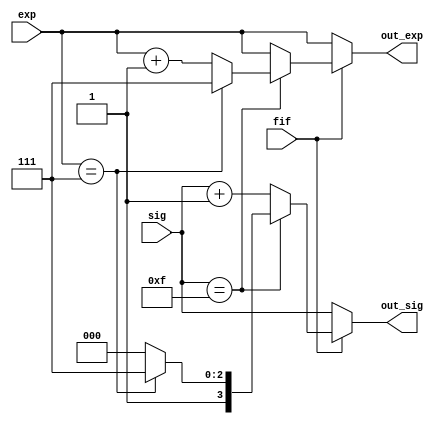
`timescale 1ns / 1ps

module rounding(sig, fif, exp, out_sig, out_exp);

input [3:0] sig;
input wire fif;
input [2:0] exp;

output reg [3:0] out_sig;
output reg [2:0] out_exp;

always @ (*) begin
	if (fif == 0)
	begin
		// No need for rounding
		out_sig = sig;
		out_exp = exp;
	end
	else
	begin
		if (sig == 4'b1111)
		begin
			// Overflow of significand
			if (exp == 3'b111)
			begin
				// Overflow of exponent - check with Babak
				out_exp = 3'b111;
				out_sig = 4'b1111;
			end
			else
			begin
				// sig overflow but not exp overflow
				out_sig = 4'b1000;
				out_exp = exp + 1;
			end
		end
		else
		begin
			// Normal case of rounding
			out_sig = sig + 1;
			out_exp = exp;
		end
	end
end
endmodule